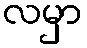
လမှာ